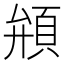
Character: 䪻